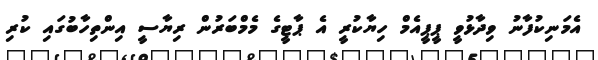
އެމަނިކުފާނު ވިދާޅުވީ ޕީޕީއެމް ހިޔާކުރީ އެ ޕާޓީގެ މެމްބަރުން ރިޔާސީ އިންތިހާބުގައި ކުރި